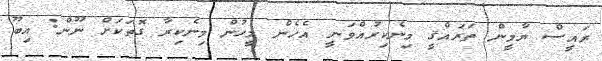
ރައީސް ޔާމީން ތަރައްޤީ މިނެކިރުއްވަނީ އެހެން މީހުން މިނެކިރާ ގޮތަކަށް ނޫން: އިބޫ